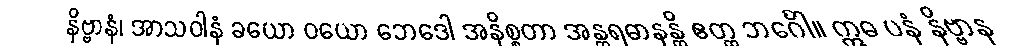
နိဗ္ဗာနံ၊ အာသဝါနံ ခယော ဝယော ဘေဒေါ အနိစ္စတာ အန္တရဓာနန္တိ ဧတ္ထ ဘင်္ဂေါ။ ဣဓ ပနံ နိဗ္ဗာန